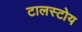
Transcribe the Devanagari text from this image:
टालस्टोय